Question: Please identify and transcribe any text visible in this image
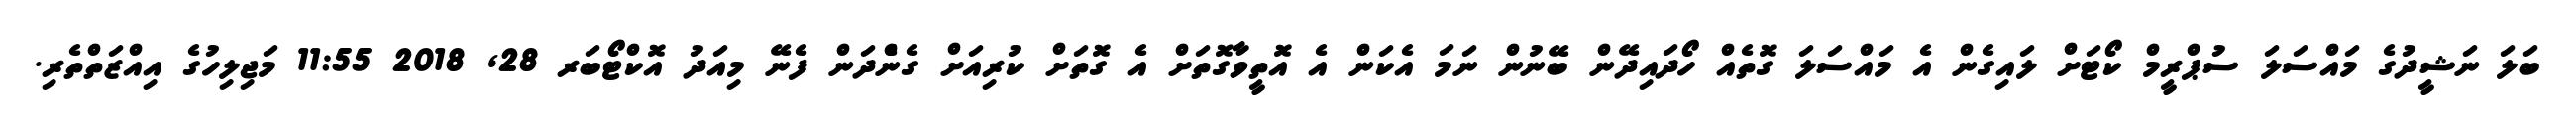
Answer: ބަލަ ނަޝީދުގެ މައްސަލަ ސުޕްރީމް ކޯޓަށް ލައިގެން އެ މައްސަލަ ގޮތެއް ހޯދައިދޭން ބޭނުން ނަމަ އެކަން އެ އޮތީވާގޮތަށް އެ ގޮތަށް ކުރިއަށް ގެންެދަން ފެނޭ މިއަދު އޮކްޓޯބަރ 28, 2018 11:55 މަޖިލިހުގެ އިއްޒަތްތެރި.